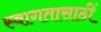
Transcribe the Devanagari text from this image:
स्वागतासाठीं